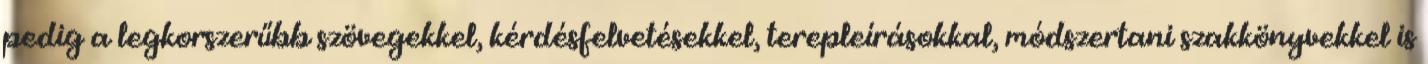
pedig a legkorszerűbb szövegekkel, kérdésfelvetésekkel, terepleírásokkal, módszertani szakkönyvekkel is